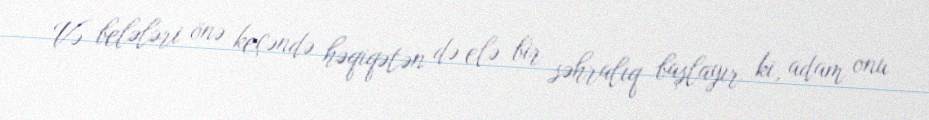
Və belələri önə keçəndə həqiqətən də elə bir səhralıq başlayır ki, adam onu